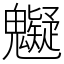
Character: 䰯